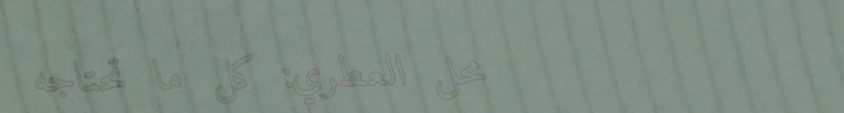
محل العطري: كل ما تحتاجه